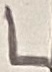
Text: L